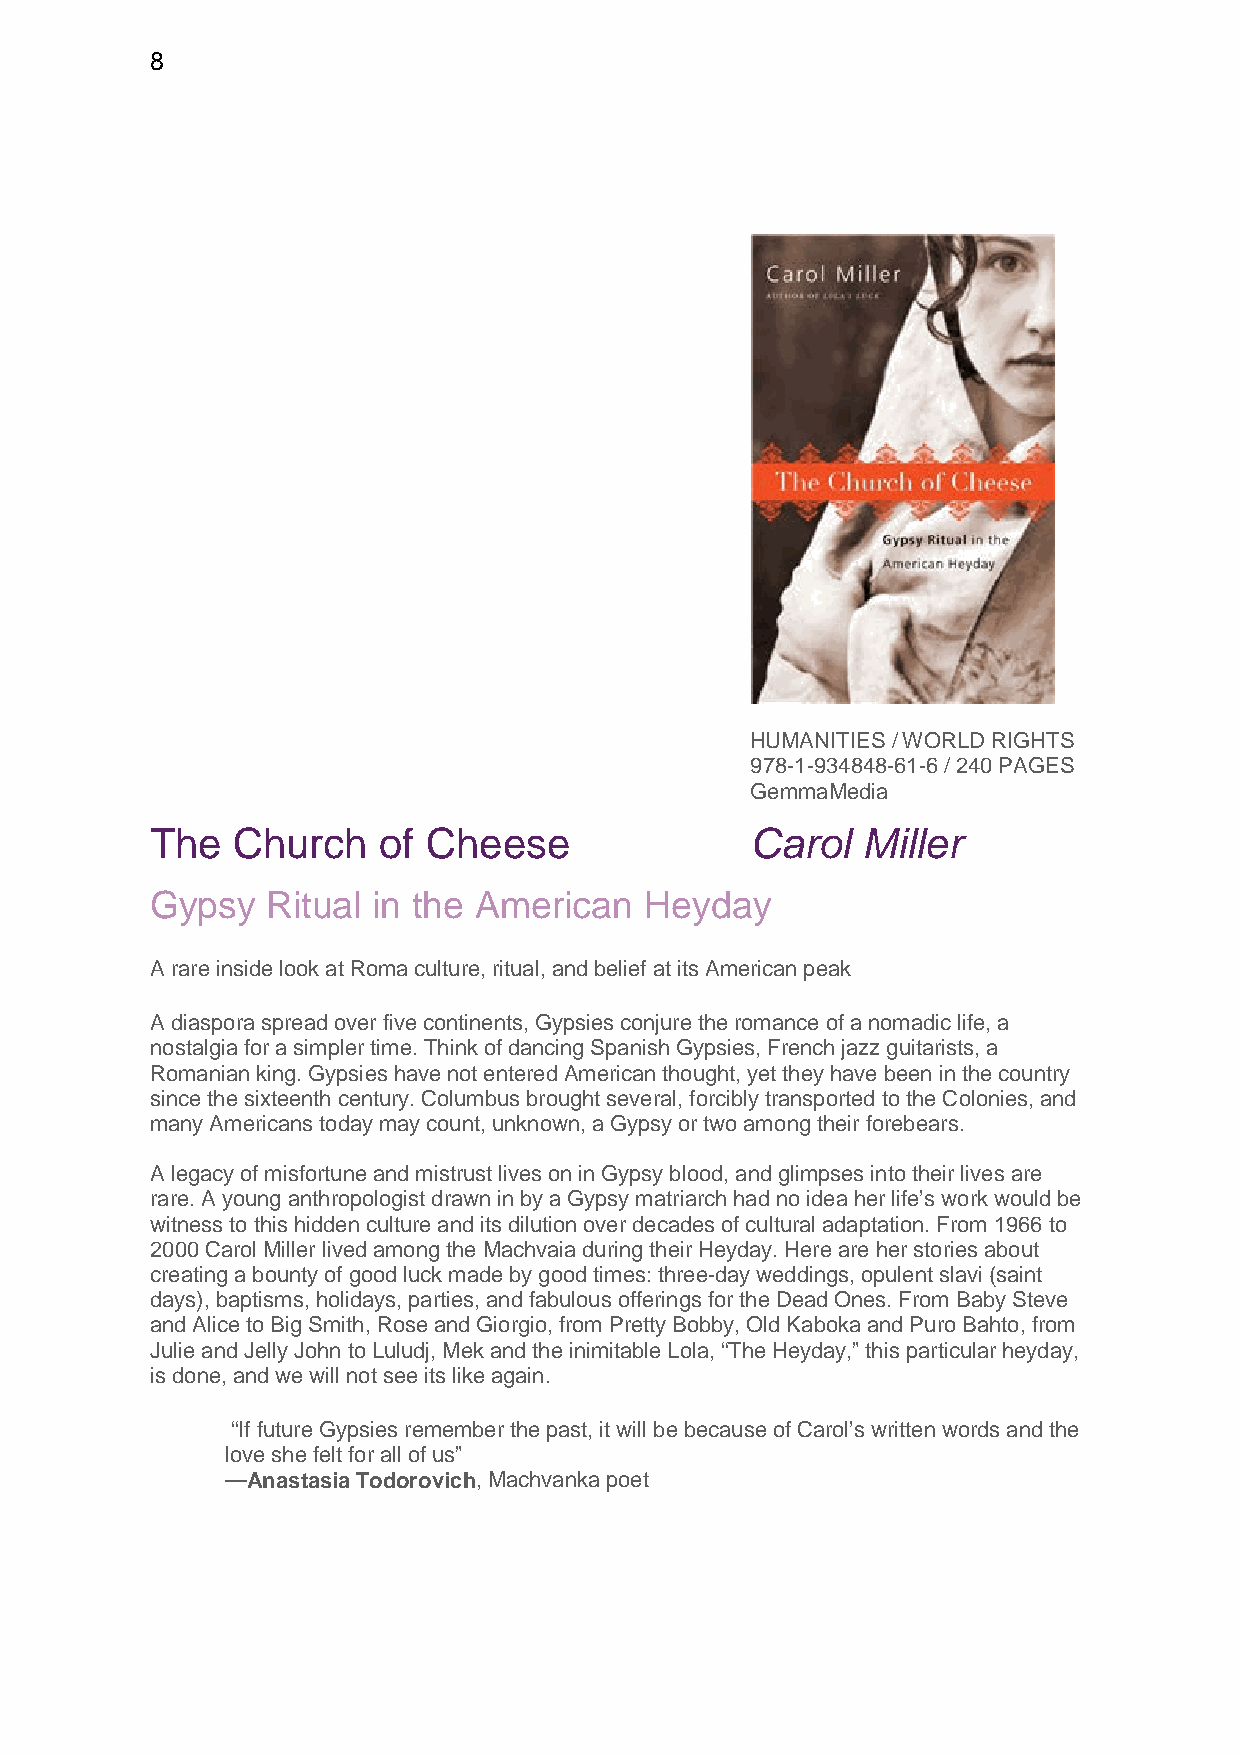
8
 HUMANITIES / WORLD RIGHTS
 978-1-934848-61-6 / 240 PAGES
 GemmaMedia
 The  Church    of Cheese                Carol  Miller
 Gypsy   Ritual in the American   Heyday
 A rare inside look at Roma culture, ritual, and belief at its American peak
 A diaspora spread over five continents, Gypsies conjure the romance of a nomadic life, a
 nostalgia for a simpler time. Think of dancing Spanish Gypsies, French jazz guitarists, a
 Romanian king. Gypsies have not entered American thought, yet they have been in the country
 since the sixteenth century. Columbus brought several, forcibly transported to the Colonies, and
 many Americans today may count, unknown, a Gypsy or two among their forebears.
 A legacy of misfortune and mistrust lives on in Gypsy blood, and glimpses into their lives are
 rare. A young anthropologist drawn in by a Gypsy matriarch had no idea her life’s work would be
 witness to this hidden culture and its dilution over decades of cultural adaptation. From 1966 to
 2000 Carol Miller lived among the Machvaia during their Heyday. Here are her stories about
 creating a bounty of good luck made by good times: three-day weddings, opulent slavi (saint
 days), baptisms, holidays, parties, and fabulous offerings for the Dead Ones. From Baby Steve
 and Alice to Big Smith, Rose and Giorgio, from Pretty Bobby, Old Kaboka and Puro Bahto, from
 Julie and Jelly John to Luludj, Mek and the inimitable Lola, “The Heyday,” this particular heyday,
 is done, and we will not see its like again.
 “If future Gypsies remember the past, it will be because of Carol’s written words and the
 love she felt for all of us”
 —Anastasia Todorovich, Machvanka poet